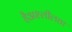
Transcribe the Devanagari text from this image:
हैअश्लीलता